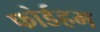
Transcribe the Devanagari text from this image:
फोर्डहम